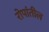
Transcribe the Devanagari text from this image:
रोपांतील